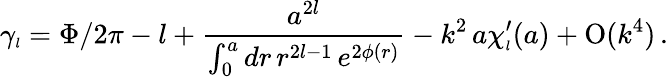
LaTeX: \gamma_{\scriptscriptstyle{l}}=\Phi/2\pi-l+\frac{a^{2l}}{\int_{0}^{a}dr\, r^{2l-1}\, e^{2\phi(r)}}-k^{2}\, a\chi_{\scriptscriptstyle{l}}^{\prime}(a)+\mathrm{O}(k^{4})\, .